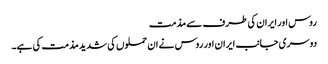
روس اور ایران کی طرف سے مذمت
دوسری جانب ایران اور روس نے ان حملوں کی شدید مذمت کی ہے۔